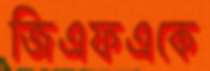
জিএফএকে